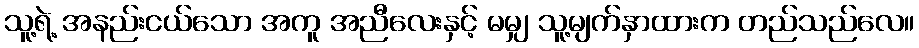
သူ့ရဲ့ အနည်းငယ်သော အကူ အညီလေးနှင့် မမျှ သူ့မျက်နှာထားက တည်သည်လေ။